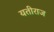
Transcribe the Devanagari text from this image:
यतीराज